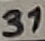
Text: 31